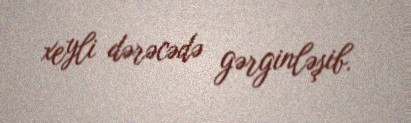
xeyli dərəcədə gərginləşib.